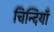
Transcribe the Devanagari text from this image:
चिन्दियाँ